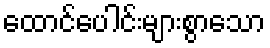
ထောင်ပေါင်းများစွာသော